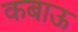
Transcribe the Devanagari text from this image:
कबाऊ